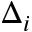
\Delta _ { i }